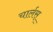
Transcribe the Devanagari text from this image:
चार्लस्‌